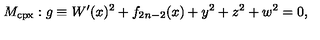
M _ { \mathrm { c p x } } : g \equiv W ^ { \prime } ( x ) ^ { 2 } + f _ { 2 n - 2 } ( x ) + y ^ { 2 } + z ^ { 2 } + w ^ { 2 } = 0 ,